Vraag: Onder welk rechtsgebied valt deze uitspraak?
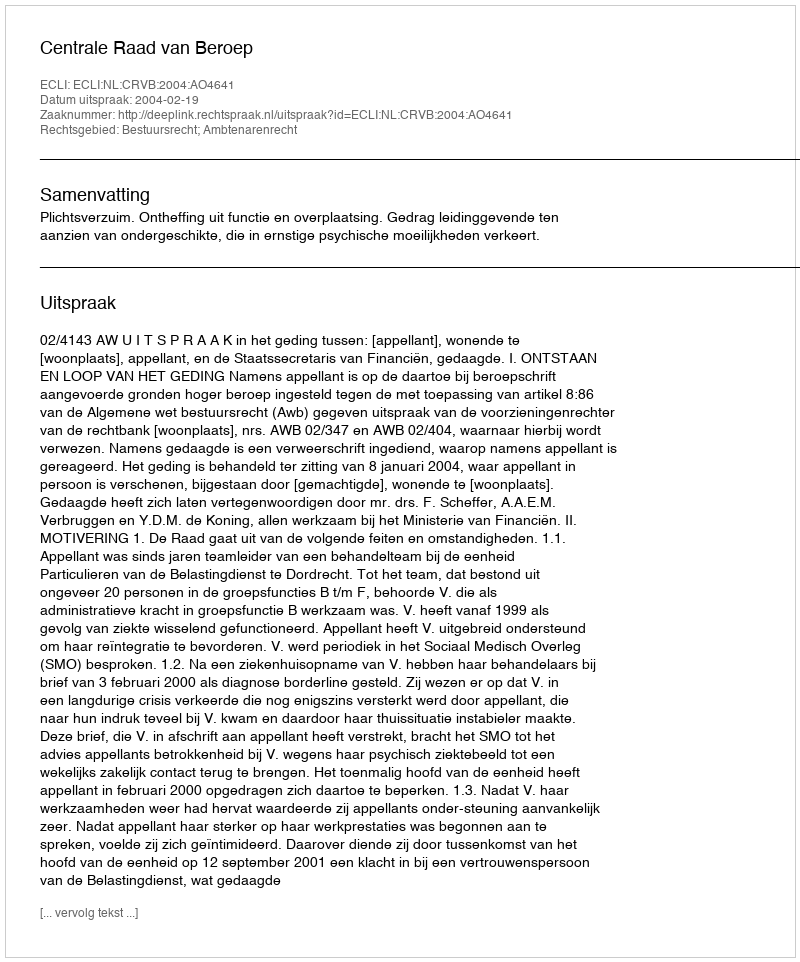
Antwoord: Bestuursrecht; Ambtenarenrecht